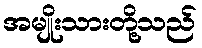
အမျိုးသားတို့သည်